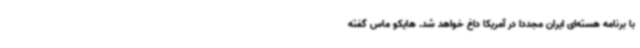
با برنامه هسته‌ای ایران مجددا در آمریکا داغ خواهد شد. هایکو ماس گفته